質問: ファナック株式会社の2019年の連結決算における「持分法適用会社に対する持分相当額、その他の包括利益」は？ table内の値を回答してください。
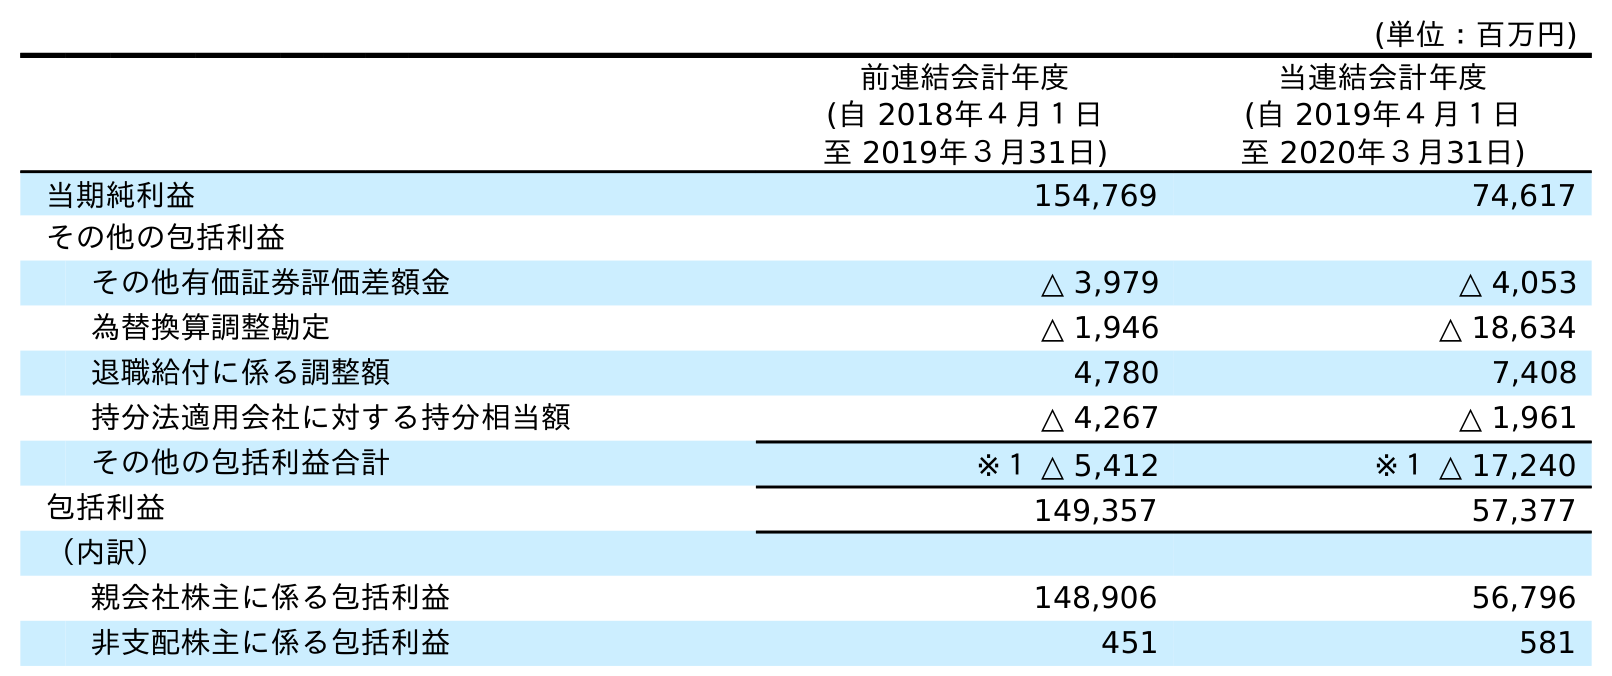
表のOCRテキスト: (単位：百万円) 前連結会計年度 (自 2018年４月１日 至 2019年３月31日) 当連結会計年度 (自 2019年４月１日 至 2020年３月31日) 当期純利益 154,769 74,617 その他の包括利益 その他有価証券評価差額金 △ 3,979 △ 4,053 為替換算調整勘定 △ 1,946 △ 18,634 退職給付に係る調整額 4,780 7,408 持分法適用会社に対する持分相当額 △ 4,267 △ 1,961 その他の包括利益合計 ※１ △ 5,412 ※１ △ 17,240 包括利益 149,357 57,377 （内訳） 親会社株主に係る包括利益 148,906 56,796 非支配株主に係る包括利益 451 581
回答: △4,267